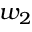
w _ { 2 }